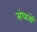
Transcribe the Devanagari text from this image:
संधानों